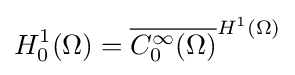
H_{0}^{1}(\Omega )={\overline {C_{0}^{\infty }(\Omega )}}^{H^{1}(\Omega )}